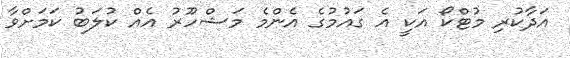
އަދާކުރި މުޓްކޯ އަކީ އެ ގައުމުގެ އެންމެ މަޝްހޫރު އެއް ކުލަބު ކަމަށްވާ